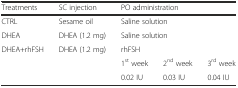
| Treatments | SC injection | <COLSPAN=3> PO administration |
 | --- | --- | --- | --- | --- |
 | CTRL | Sesame oil | <COLSPAN=3> Saline solution |
 | DHEA | DHEA (1.2 mg) | <COLSPAN=3> Saline solution |
 | <ROWSPAN=3> DHEA+rhFSH | <ROWSPAN=3> DHEA (1.2 mg) | <COLSPAN=3> rhFSH |
 | 1st week | 2nd week | 3rd week |
 | 0.02 IU | 0.03 IU | 0.04 IU |